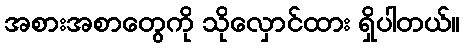
အစားအစာတွေကို သိုလှောင်ထား ရှိပါတယ်။